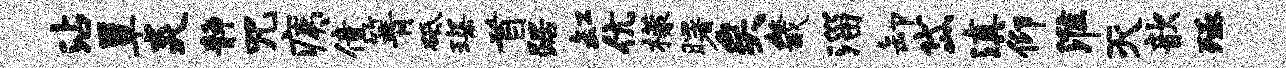
沾簟炎静咒痍僮箐砥琛首踞缸伉檬曙矣畿淄卸岱滇仰淮灭歆殛